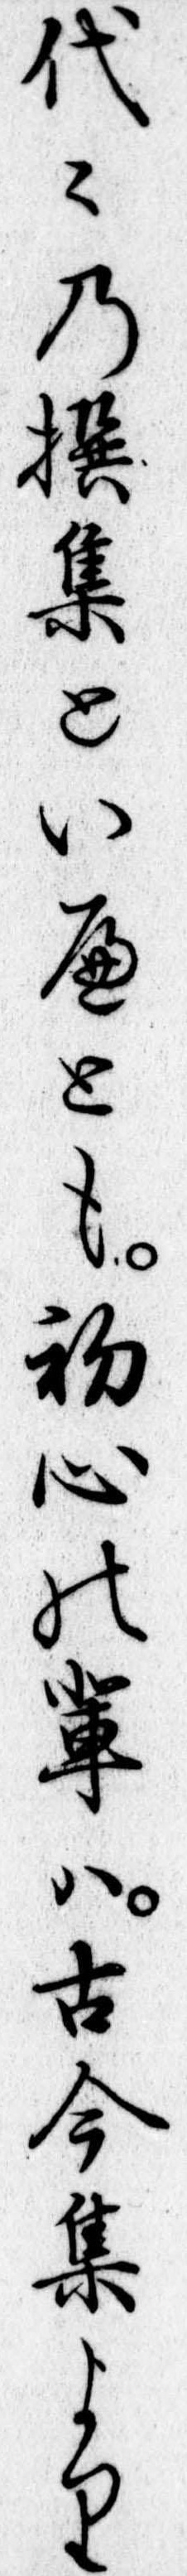
代の撰集といへとも初心の輩は古今集より